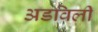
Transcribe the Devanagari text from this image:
अडविली